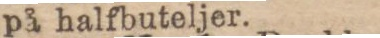
på halfbuteljer.